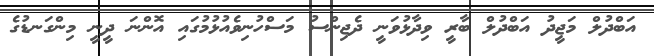
އަބްދުލް މަޖީދު އަބްދުލް ބާރީ ވިދާޅުވަނީ ދެޖިންސު މަސްހުނިވެއުޅުމުގައި އޮންނަ ދީނީ މިންގަނޑުގެ